Report on the Civil Veterinary Department, Eastern Bengal and Assam - 1907-1911
Year: 1907
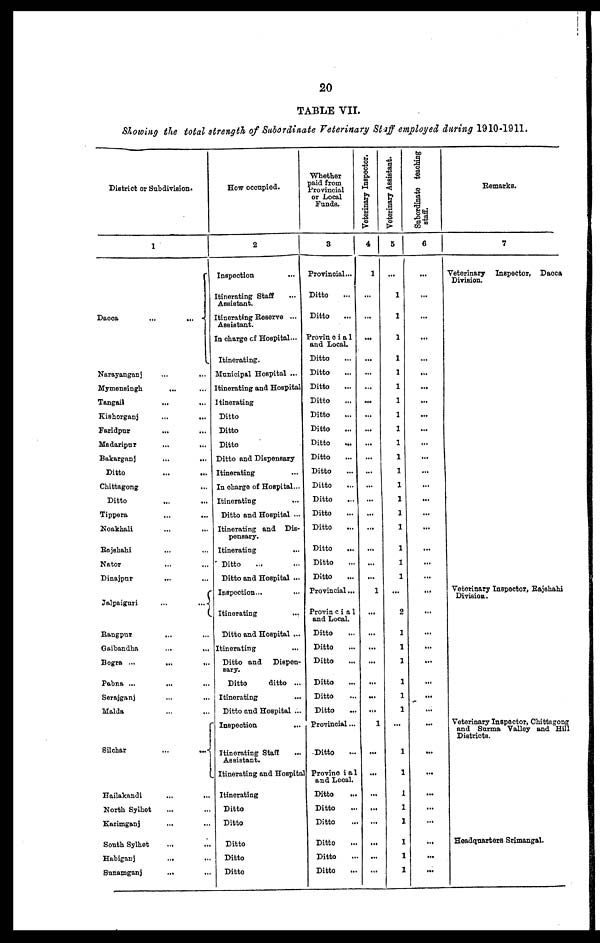
20
TABLE VII.
Showing the total strength of Subordinate Veterinary Staff employed during 1910-1911.
District ox Subdivision.
1
Dacca ... ...
Narayanganj ... ...
Mymensingh ... ...
Tangail ... ...
Kishorganj ... ...
Faridpur ... ...
Madaripur ... ...
Bakarganj ... ...
Ditto ... ...
Chittagong ... ...
Ditto ... ...
Tippera ... ...
Noakhali ... ...
Rajshahi ... ...
Nator ... ...
Dinajpur ... ...
Jalpaiguri ... ...
Rangpur ... ...
Gaibandha ... ...
Bogra ... ... ...
Pabna ... ... ...
Serajganj ... ... ...
Malda ... ...
Silchar ... ...
Hailakandi ... ...
North Sylhet ... ...
Karimganj ... ...
South Sylhet ... ...
Habiganj ... ...
Sunamganj ... ...
How occupied.
2
Inspection
Itinerating Staff ... ...
Assistant.
Itinerating Reserve ...
Assistant.
In charge of Hospital ...
Itinerating.
Municipal Hospital ...
Itinerating and Hospital
Itinerating
Ditto
Ditto
Ditto
Ditto and Dispensary
Itinerating
In charge of Hospital ...
Itinerating
...
Ditto and Hospital ...
Itinerating and Dis-
pensary.
Itinerating
...
Ditto
Ditto and Hospital ...
Inspection...
...
Itinerating
...
Ditto and Hospital ...
Itinerating
...
Ditto and Dispen-
sary.
Ditto
ditto ...
Itinerating
Ditto and Hospital ...
Inspection ...
Itinerating Staff ...
Assistant.
Itinerating and Hospital
Itinerating
Ditto
Ditto
Ditto
Ditto
Ditto
Whether
paid from
Provincial
or Local
Funds.
8
Provincial...
Ditto ...
Ditto ...
Provincia1
and Local.
Ditto ...
Ditto ...
Ditto ...
Ditto ...
Ditto ...
Ditto ...
Ditto
...
Ditto ...
Ditto ...
Ditto ...
Ditto ...
Ditto ...
Ditto ...
Ditto ...
Ditto ...
Ditto ...
Provincial ...
Provincial
and Local.
Ditto ...
Ditto ...
Ditto ...
Ditto ...
Ditto ...
Ditto ...
Provincial ...
Ditto ...
Provincial
and Local.
Ditto ...
Ditto ...
Ditto ...
Ditto ...
Ditto ...
Ditto ...
Veterinary Inspector.
4
1
...
...
...
...
...
...
...
...
...
...
...
...
...
...
...
...
...
...
...
1
...
...
...
...
...
...
...
1
...
...
...
...
...
...
...
...
Veterinary Assistant.
5
...
...
...
...
...
...
...
...
...
...
...
...
...
...
...
...
...
...
...
...
...
2
...
...
...
...
...
...
...
...
...
...
...
...
...
...
...
Subordinate teaching
staff.
6
...
...
...
...
...
...
...
...
...
...
...
...
...
...
...
...
...
...
...
...
...
...
...
...
...
...
...
...
...
...
...
...
...
...
...
...
...
Remarks.
7
Veterinary Inspector, Dacca
Division.
Veterinary Inspector, Rajshahi
Division.
Veterinary Inspector, Chittagong
and Surma Valley and Hill
Districts.
Headquarters Srimangal.